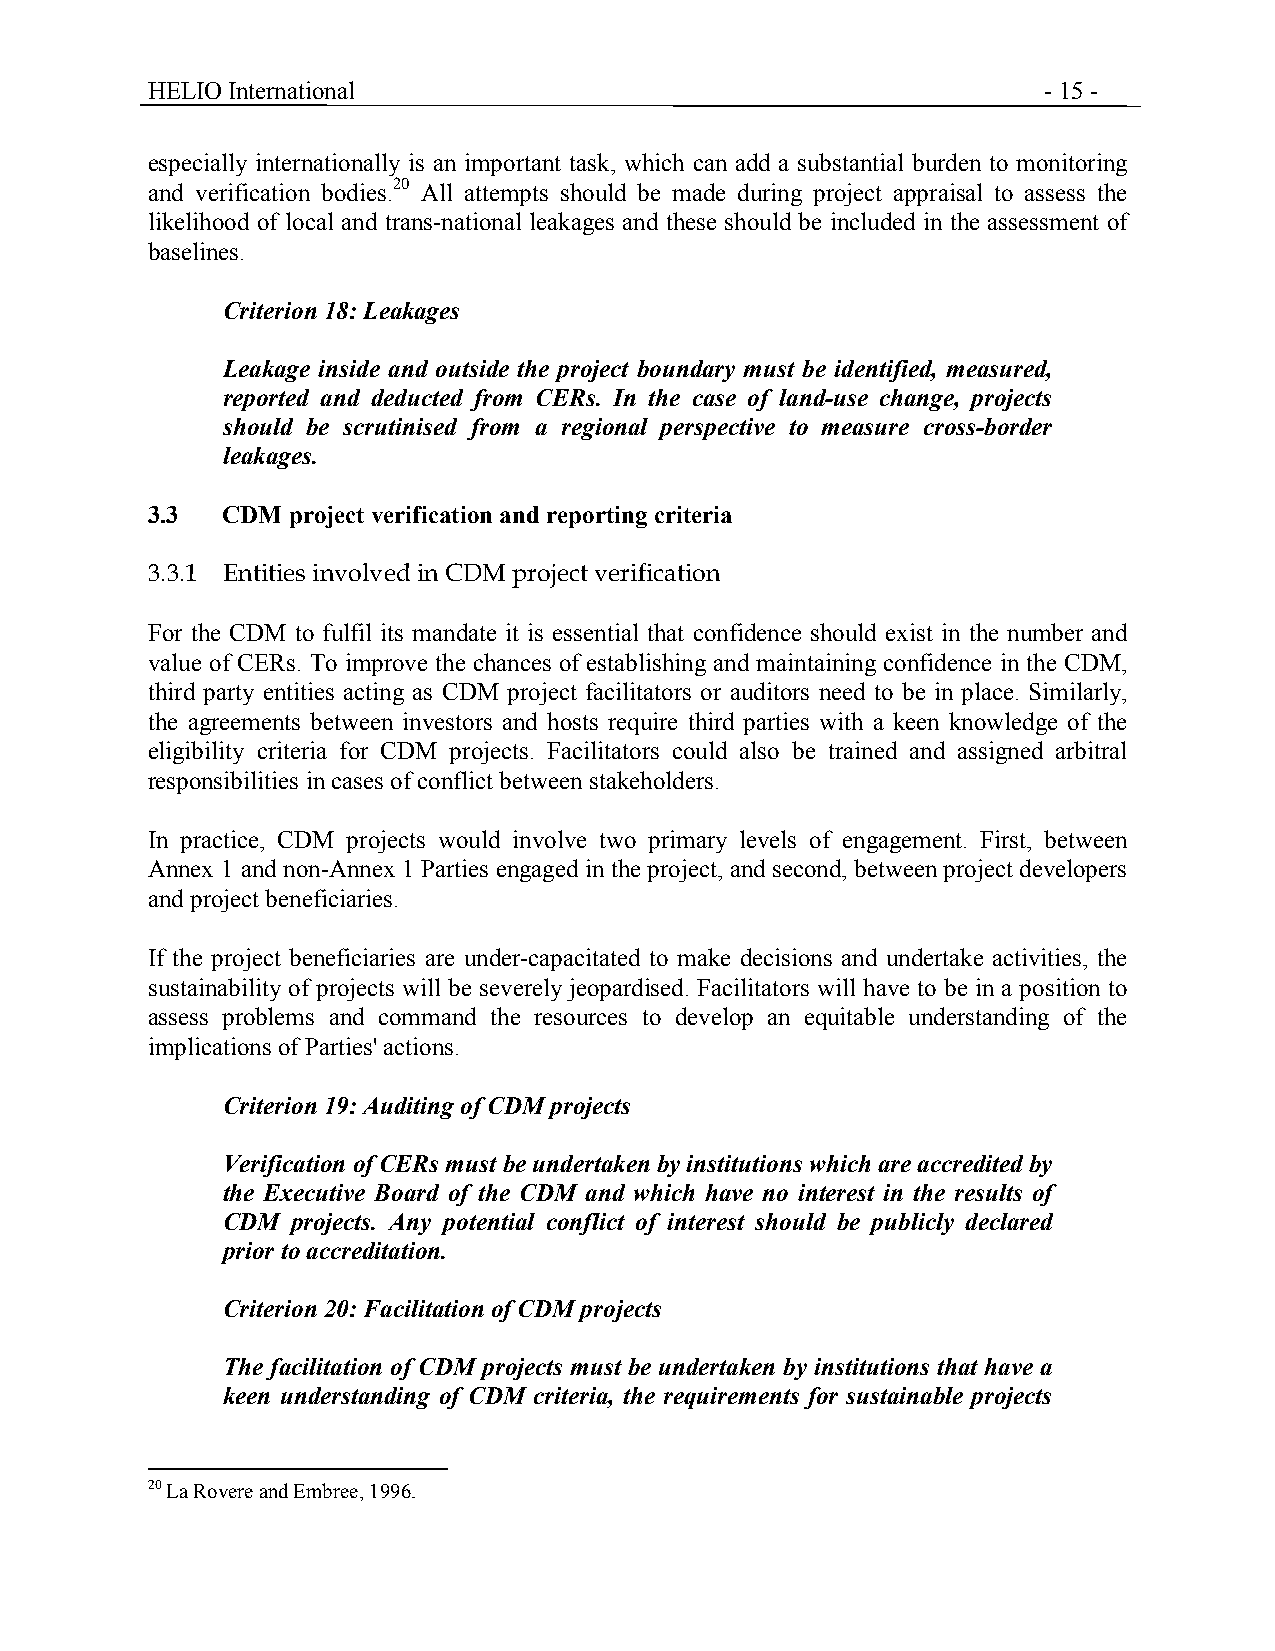
HELIO International                                        - 15 -
 especially internationally is an important task, which can add a substantial burden to monitoring
 and verification bodies.20 All attempts should be made during project appraisal to assess the
 likelihood of local and trans-national leakages and these should be included in the assessment of
 baselines.
 Criterion 18: Leakages
 Leakage inside and outside the project boundary must be identified, measured,
 reported and deducted from CERs. In the case of land-use change, projects
 should be scrutinised from a regional perspective to measure cross-border
 leakages.
 3.3  CDM project verification and reporting criteria
 3.3.1 Entities involved in CDM project verification
 For the CDM to fulfil its mandate it is essential that confidence should exist in the number and
 value of CERs. To improve the chances of establishing and maintaining confidence in the CDM,
 third party entities acting as CDM project facilitators or auditors need to be in place. Similarly,
 the agreements between investors and hosts require third parties with a keen knowledge of the
 eligibility criteria for CDM projects. Facilitators could also be trained and assigned arbitral
 responsibilities in cases of conflict between stakeholders.
 In practice, CDM projects would involve two primary levels of engagement. First, between
 Annex 1 and non-Annex 1 Parties engaged in the project, and second, between project developers
 and project beneficiaries.
 If the project beneficiaries are under-capacitated to make decisions and undertake activities, the
 sustainability of projects will be severely jeopardised. Facilitators will have to be in a position to
 assess problems and command the resources to develop an equitable understanding of the
 implications of Parties' actions.
 Criterion 19: Auditing of CDM projects
 Verification of CERs must be undertaken by institutions which are accredited by
 the Executive Board of the CDM and which have no interest in the results of
 CDM projects. Any potential conflict of interest should be publicly declared
 prior to accreditation.
 Criterion 20: Facilitation of CDM projects
 The facilitation of CDM projects must be undertaken by institutions that have a
 keen understanding of CDM criteria, the requirements for sustainable projects
 20 La Rovere and Embree, 1996.